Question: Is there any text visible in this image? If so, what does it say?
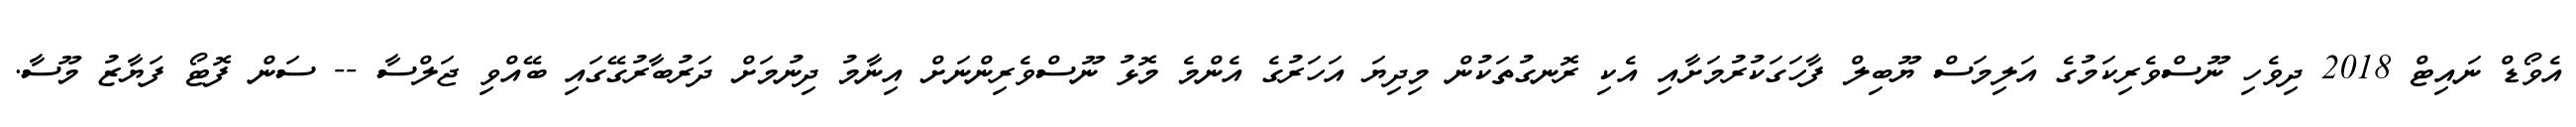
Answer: އެވޯޑް ނައިޓް 2018 ދިވެހި ނޫސްވެރިކަމުގެ އަލިމަސް ޔޫބިލް ފާހަގަކުރުމަށާއި އެކި ރޮނގުތަކުން މިދިޔަ އަހަރުގެ އެންމެ މޮޅު ނޫސްވެރިންނަށް އިނާމު ދިނުމަށް ދަރުބާރުގޭގައި ބޭއްވި ޖަލްސާ -- ސަން ފޮޓޯ ފަޔާޒު މޫސާ.